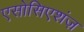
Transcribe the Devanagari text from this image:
एसोसिएशंज़